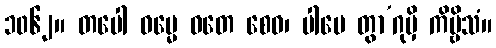
၁၀၆၂။ တပေါ ဓမ္မေ ဝတေ စေဝ၊ ပါပေ တွာ’ဂုမှိ ကိဗ္ဗိသံ။